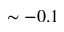
\sim - 0 . 1